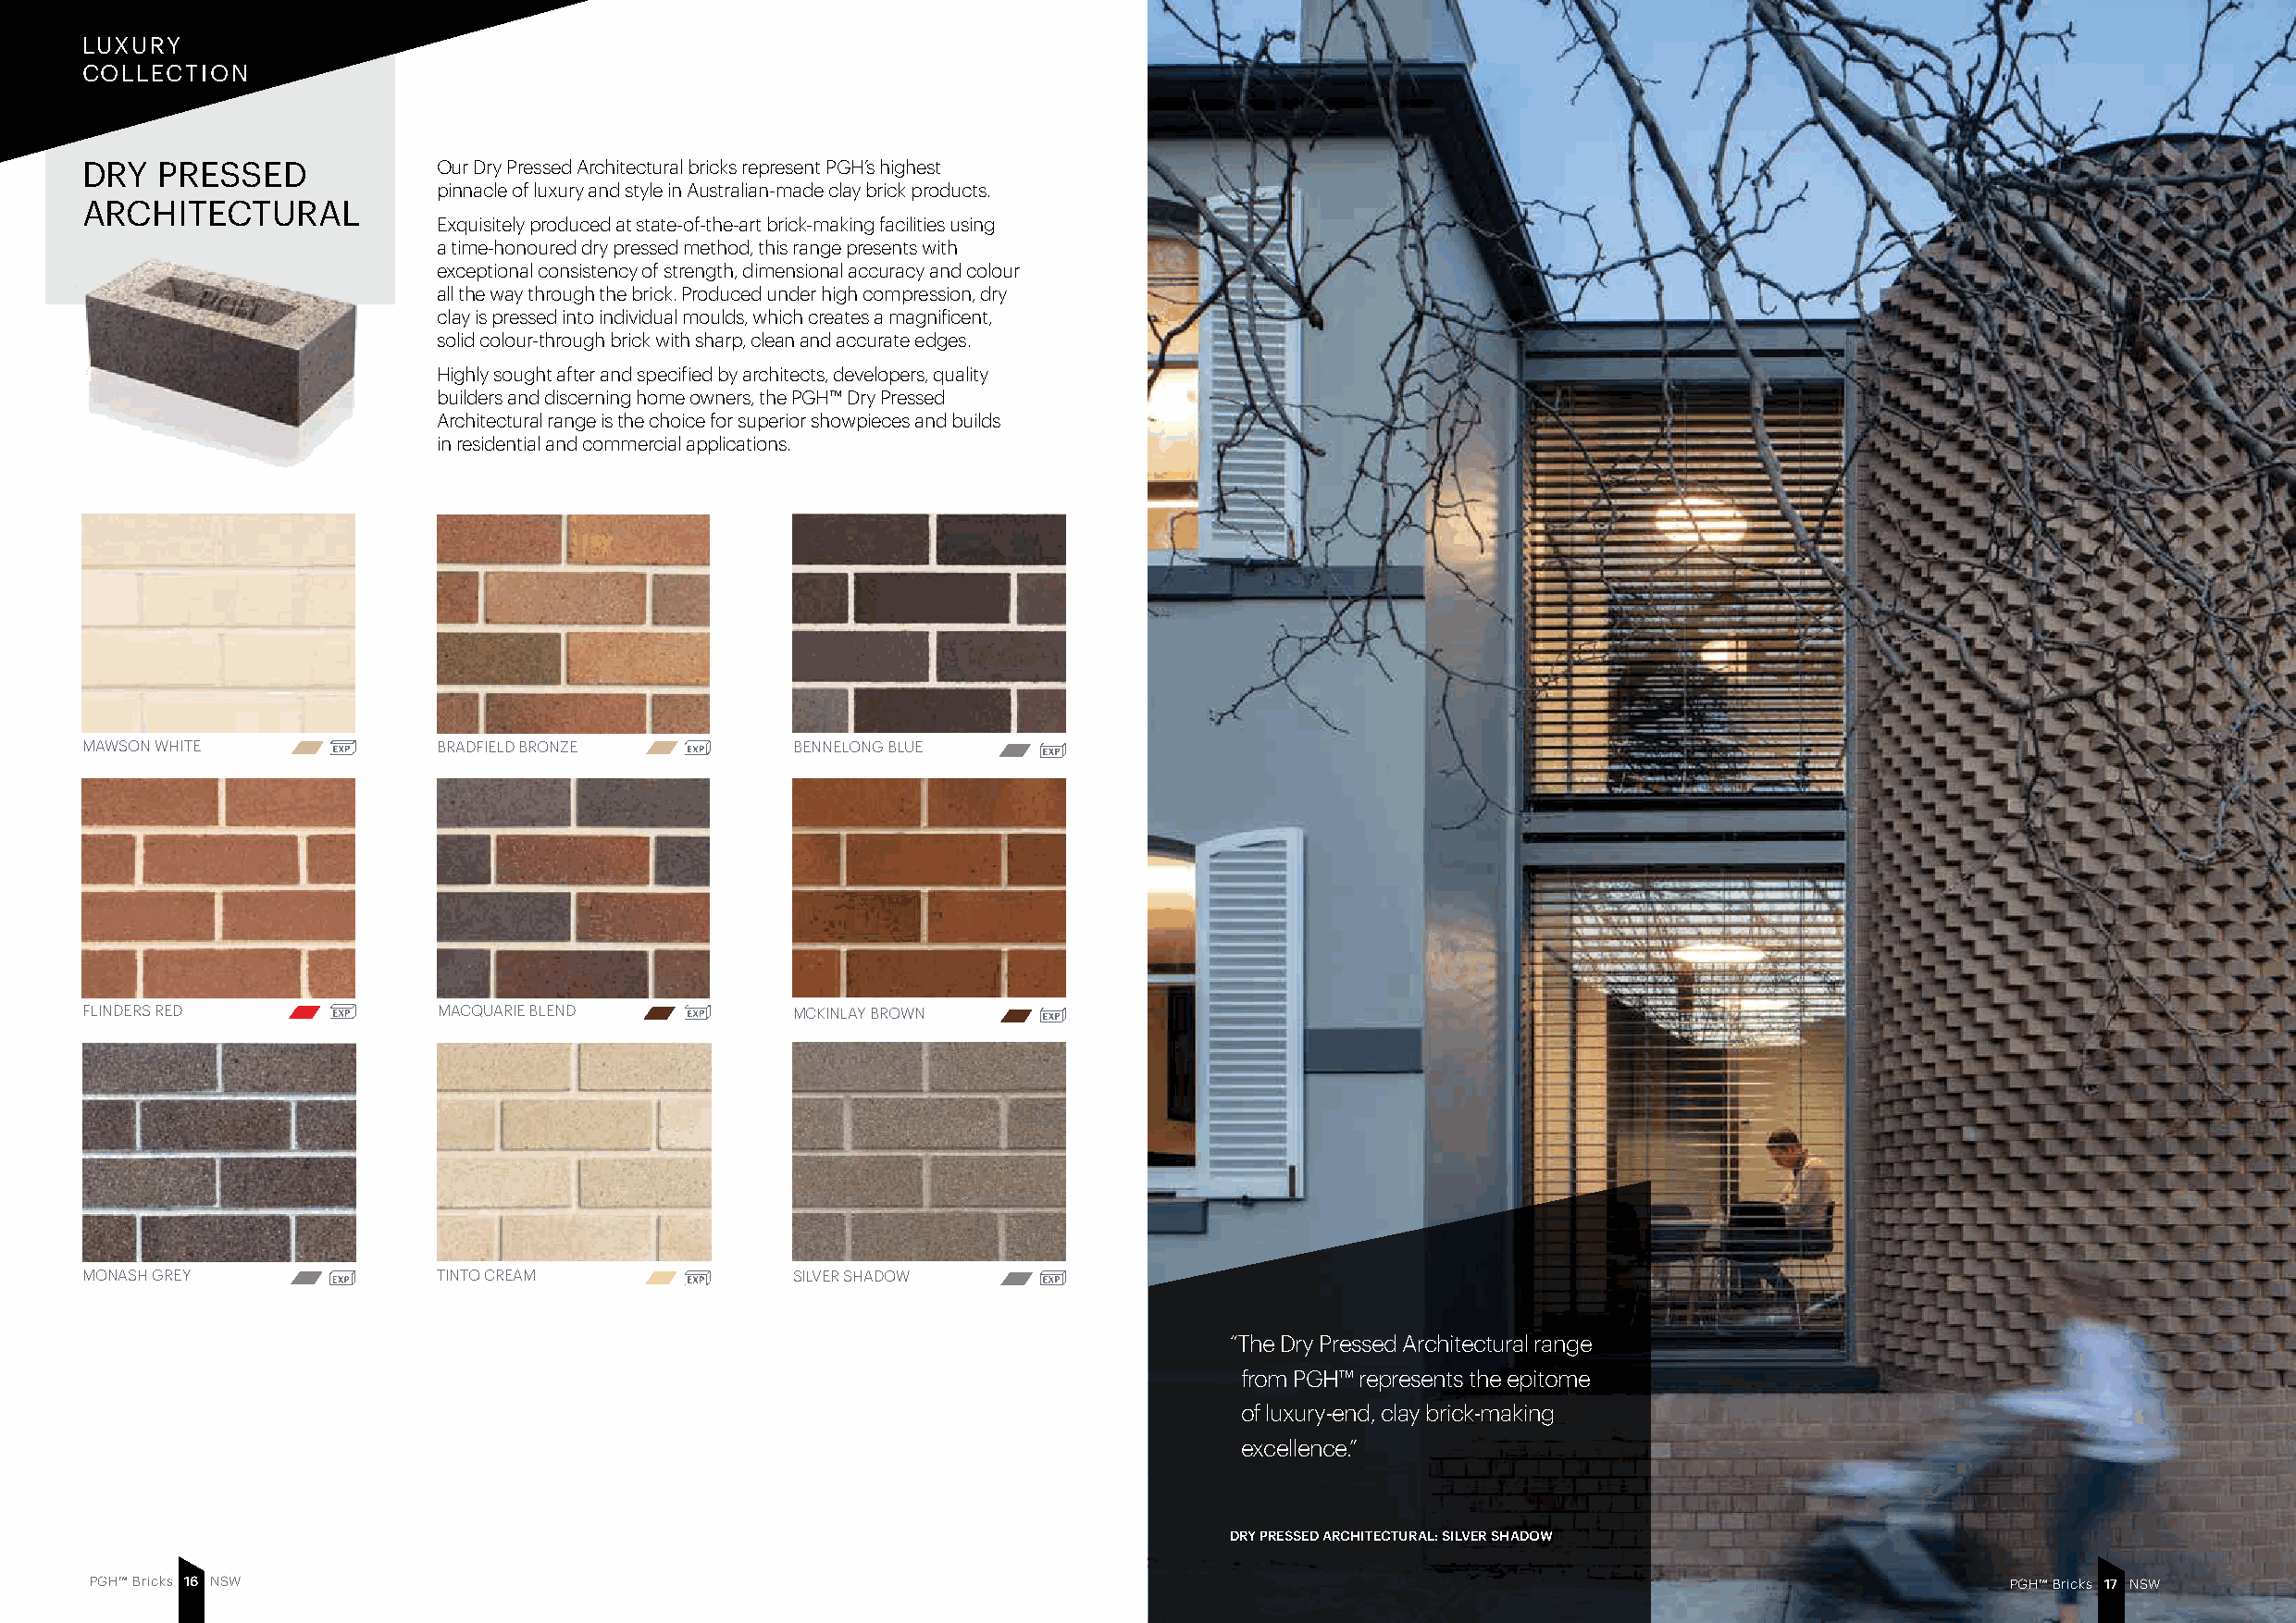
LUXURY
 COLLECTION
 DRY  PRESSED             Our Dry Pressed Architectural bricks represent PGH’s highest
 pinnacle of luxury and style in Australian-made clay brick products.
 ARCHITECTURAL
 Exquisitely produced at state-of-the-art brick-making facilities using
 a time-honoured dry pressed method, this range presents with
 exceptional consistency of strength, dimensional accuracy and colour
 all the way through the brick. Produced under high compression, dry
 clay is pressed into individual moulds, which creates a magnificent,
 solid colour-through brick with sharp, clean and accurate edges.
 Highly sought after and specified by architects, developers, quality
 builders and discerning home owners, the PGH™ Dry Pressed
 Architectural range is the choice for superior showpieces and builds
 in residential and commercial applications.
 MAWSON WHITE             BRADFIELD BRONZE          BENNELONG BLUE
 FLINDERS RED             MACQUARIE BLEND           MCKINLAY BROWN
 MONASH GREY              TINTO CREAM               SILVER SHADOW
 “The Dry Pressed Architectural range
 from PGH™ represents the epitome
 of luxury-end, clay brick-making
 excellence.”
 DRY PRESSED ARCHITECTURAL: SILVER SHADOW
 PGH™ Bricks 1 6 NSW                                                                                                                       PGH™ Bricks 1 7 NSW